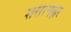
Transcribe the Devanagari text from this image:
शरीरगह्वर